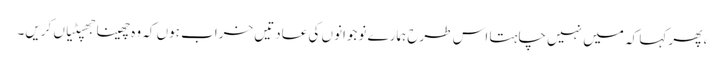
، پھر کہا کہ میں نہیں چاہتا اس طرح ہمارے نوجوانوں کی عادتیں خراب ہوں کہ وہ چھینا جھپٹیاں کریں۔